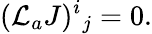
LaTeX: ({\cal L}_{a}J)^{i}{}_{j}=0.